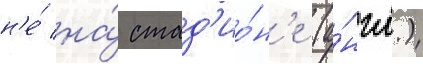
н'е́ на́ стад'ио́н'е (а́нгл.)